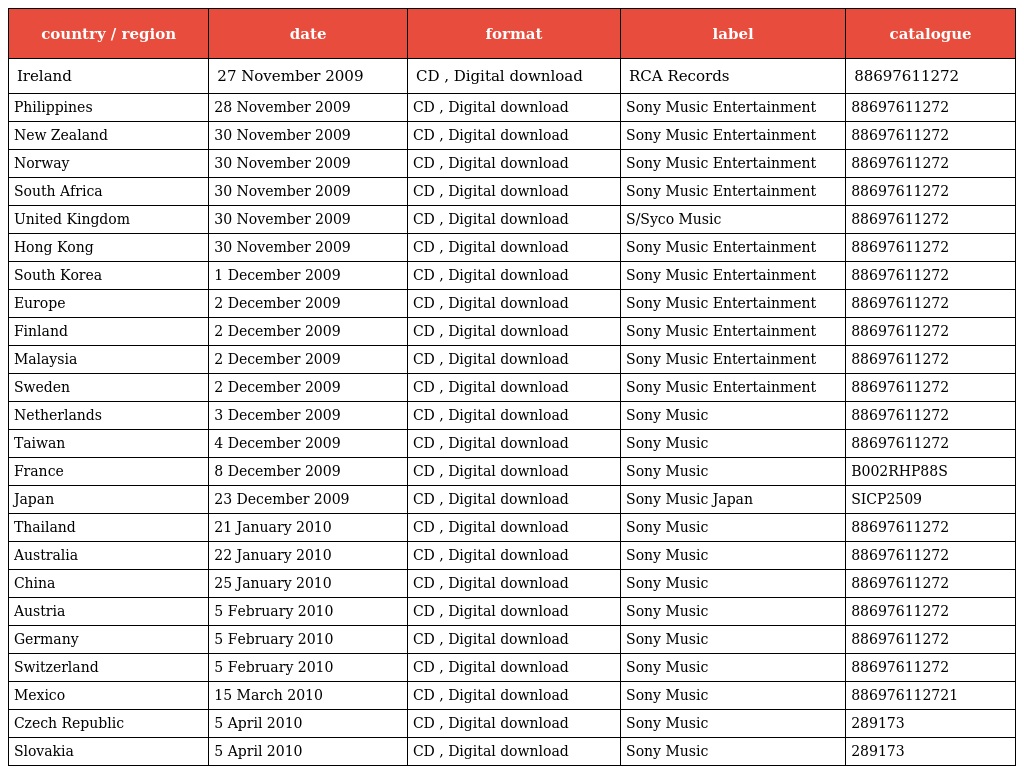
| country / region | date | format | label | catalogue |
 | --- | --- | --- | --- | --- |
 | Ireland | 27 November 2009 | CD , Digital download | RCA Records | 88697611272 |
 | Philippines | 28 November 2009 | CD , Digital download | Sony Music Entertainment | 88697611272 |
 | New Zealand | 30 November 2009 | CD , Digital download | Sony Music Entertainment | 88697611272 |
 | Norway | 30 November 2009 | CD , Digital download | Sony Music Entertainment | 88697611272 |
 | South Africa | 30 November 2009 | CD , Digital download | Sony Music Entertainment | 88697611272 |
 | United Kingdom | 30 November 2009 | CD , Digital download | S/Syco Music | 88697611272 |
 | Hong Kong | 30 November 2009 | CD , Digital download | Sony Music Entertainment | 88697611272 |
 | South Korea | 1 December 2009 | CD , Digital download | Sony Music Entertainment | 88697611272 |
 | Europe | 2 December 2009 | CD , Digital download | Sony Music Entertainment | 88697611272 |
 | Finland | 2 December 2009 | CD , Digital download | Sony Music Entertainment | 88697611272 |
 | Malaysia | 2 December 2009 | CD , Digital download | Sony Music Entertainment | 88697611272 |
 | Sweden | 2 December 2009 | CD , Digital download | Sony Music Entertainment | 88697611272 |
 | Netherlands | 3 December 2009 | CD , Digital download | Sony Music | 88697611272 |
 | Taiwan | 4 December 2009 | CD , Digital download | Sony Music | 88697611272 |
 | France | 8 December 2009 | CD , Digital download | Sony Music | B002RHP88S |
 | Japan | 23 December 2009 | CD , Digital download | Sony Music Japan | SICP2509 |
 | Thailand | 21 January 2010 | CD , Digital download | Sony Music | 88697611272 |
 | Australia | 22 January 2010 | CD , Digital download | Sony Music | 88697611272 |
 | China | 25 January 2010 | CD , Digital download | Sony Music | 88697611272 |
 | Austria | 5 February 2010 | CD , Digital download | Sony Music | 88697611272 |
 | Germany | 5 February 2010 | CD , Digital download | Sony Music | 88697611272 |
 | Switzerland | 5 February 2010 | CD , Digital download | Sony Music | 88697611272 |
 | Mexico | 15 March 2010 | CD , Digital download | Sony Music | 886976112721 |
 | Czech Republic | 5 April 2010 | CD , Digital download | Sony Music | 289173 |
 | Slovakia | 5 April 2010 | CD , Digital download | Sony Music | 289173 |